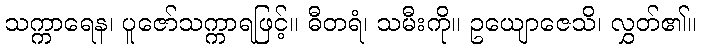
သက္ကာရေန၊ ပူဇော်သက္ကာရဖြင့်။ ဓီတရံ၊ သမီးကို။ ဥယျောဇေသိ၊ လွှတ်၏။